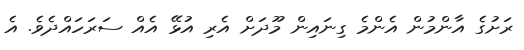
ރަށުގެ އާންމުން އެންމެ ގިނައިން މޫދަށް އެރި އުޅޭ އެއް ސަރަހައްދެވެ. އެ